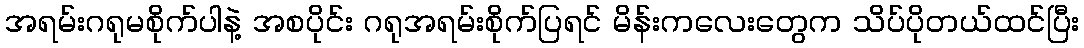
အရမ်းဂရုမစိုက်ပါနဲ့ အစပိုင်း ဂရုအရမ်းစိုက်ပြရင် မိန်းကလေးတွေက သိပ်ပိုတယ်ထင်ပြီး